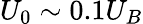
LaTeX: U_{0}\sim 0.1U_{B}